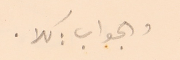
والجواب : كلا   .